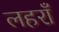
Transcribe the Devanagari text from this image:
लहराँ